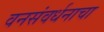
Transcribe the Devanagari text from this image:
वनसंवर्धनाचा